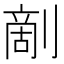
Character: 𠞶